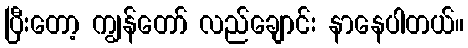
ပြီးတော့ ကျွန်တော် လည်ချောင်း နာနေပါတယ်။